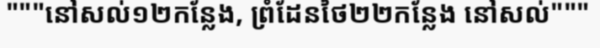
"""នៅសល់១២កន្លែង, ព្រំដែនថៃ២២កន្លែង នៅសល់"""